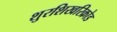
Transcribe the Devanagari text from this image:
शुरशिखरिक्रोड